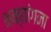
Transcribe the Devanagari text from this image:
भक्तांगना